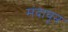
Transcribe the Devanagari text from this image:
मंदावून